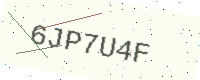
Text: 6JP7U4F